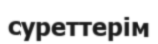
суреттерім